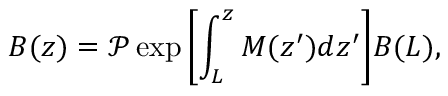
B ( z ) = \mathcal { P } \exp { \left[ \int _ { L } ^ { z } M ( z ^ { \prime } ) d z ^ { \prime } \right] } B ( L ) ,